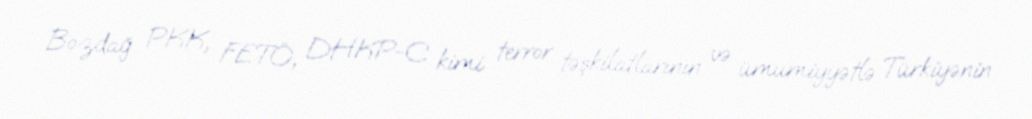
Bozdağ PKK, FETÖ, DHKP-C kimi terror təşkilatlarının və ümumiyyətlə Türkiyənin